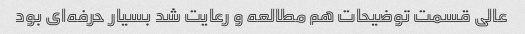
عالی قسمت توضیحات هم مطالعه و رعایت شد بسیار حرفه‌ای بود